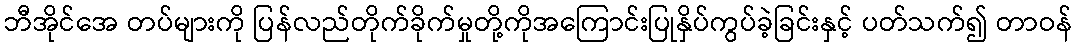
ဘီအိုင်အေ တပ်များကို ပြန်လည်တိုက်ခိုက်မှုတို့ကိုအကြောင်းပြုနှိပ်ကွပ်ခဲ့ခြင်းနှင့် ပတ်သက်၍ တာဝန်